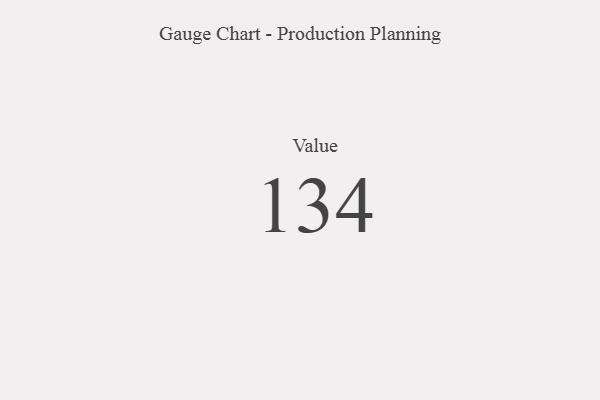
{"axis": {"x": "Metric", "y": "Value"}, "legend": [""], "data": [{"x": "Value", "y": 134, "type": ""}]}